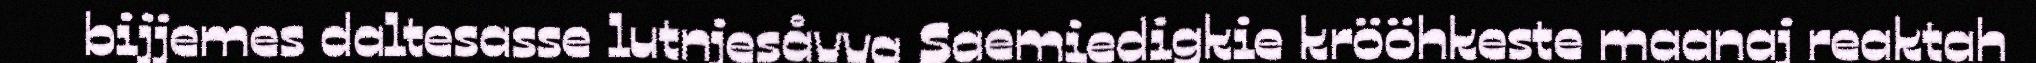
bijjemes daltesasse lutnjesåvva Saemiedigkie krööhkeste maanaj reaktah